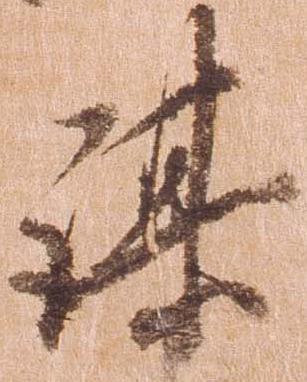
謀